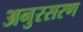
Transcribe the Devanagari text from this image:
अनुरसरण